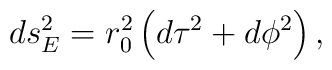
ds_E^2=r^2_0\left(d\tau^2+d\phi^2\right),